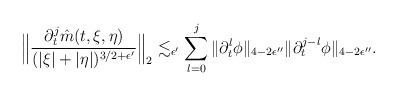
\begin{align*}&\Big\|\frac{\partial_t^j\hat m(t,\xi,\eta)}{(|\xi|+|\eta|)^{3/2+\epsilon'}}\Big\|_2\lesssim_{\epsilon'} \sum_{l=0}^j\|\partial_t^l\phi\|_{4-2\epsilon''}\|\partial_t^{j-l}\phi\|_{4-2\epsilon''}.\end{align*}